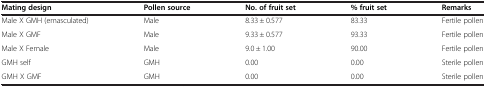
<table><thead><tr><td><b>Mating design</b></td><td><b>Pollen source</b></td><td><b>No. of fruit set</b></td><td><b>% fruit set</b></td><td><b>Remarks</b></td></tr></thead><tbody><tr><td>Male X GMH (emasculated)</td><td>Male</td><td>8.33 ± 0.577</td><td>83.33</td><td>Fertile pollen</td></tr><tr><td>Male X GMF</td><td>Male</td><td>9.33 ± 0.577</td><td>93.33</td><td>Fertile pollen</td></tr><tr><td>Male X Female</td><td>Male</td><td>9.0 ± 1.00</td><td>90.00</td><td>Fertile pollen</td></tr><tr><td>GMH self</td><td>GMH</td><td>0.00</td><td>0.00</td><td>Sterile pollen</td></tr><tr><td>GMH X GMF</td><td>GMH</td><td>0.00</td><td>0.00</td><td>Sterile pollen</td></tr></tbody></table>